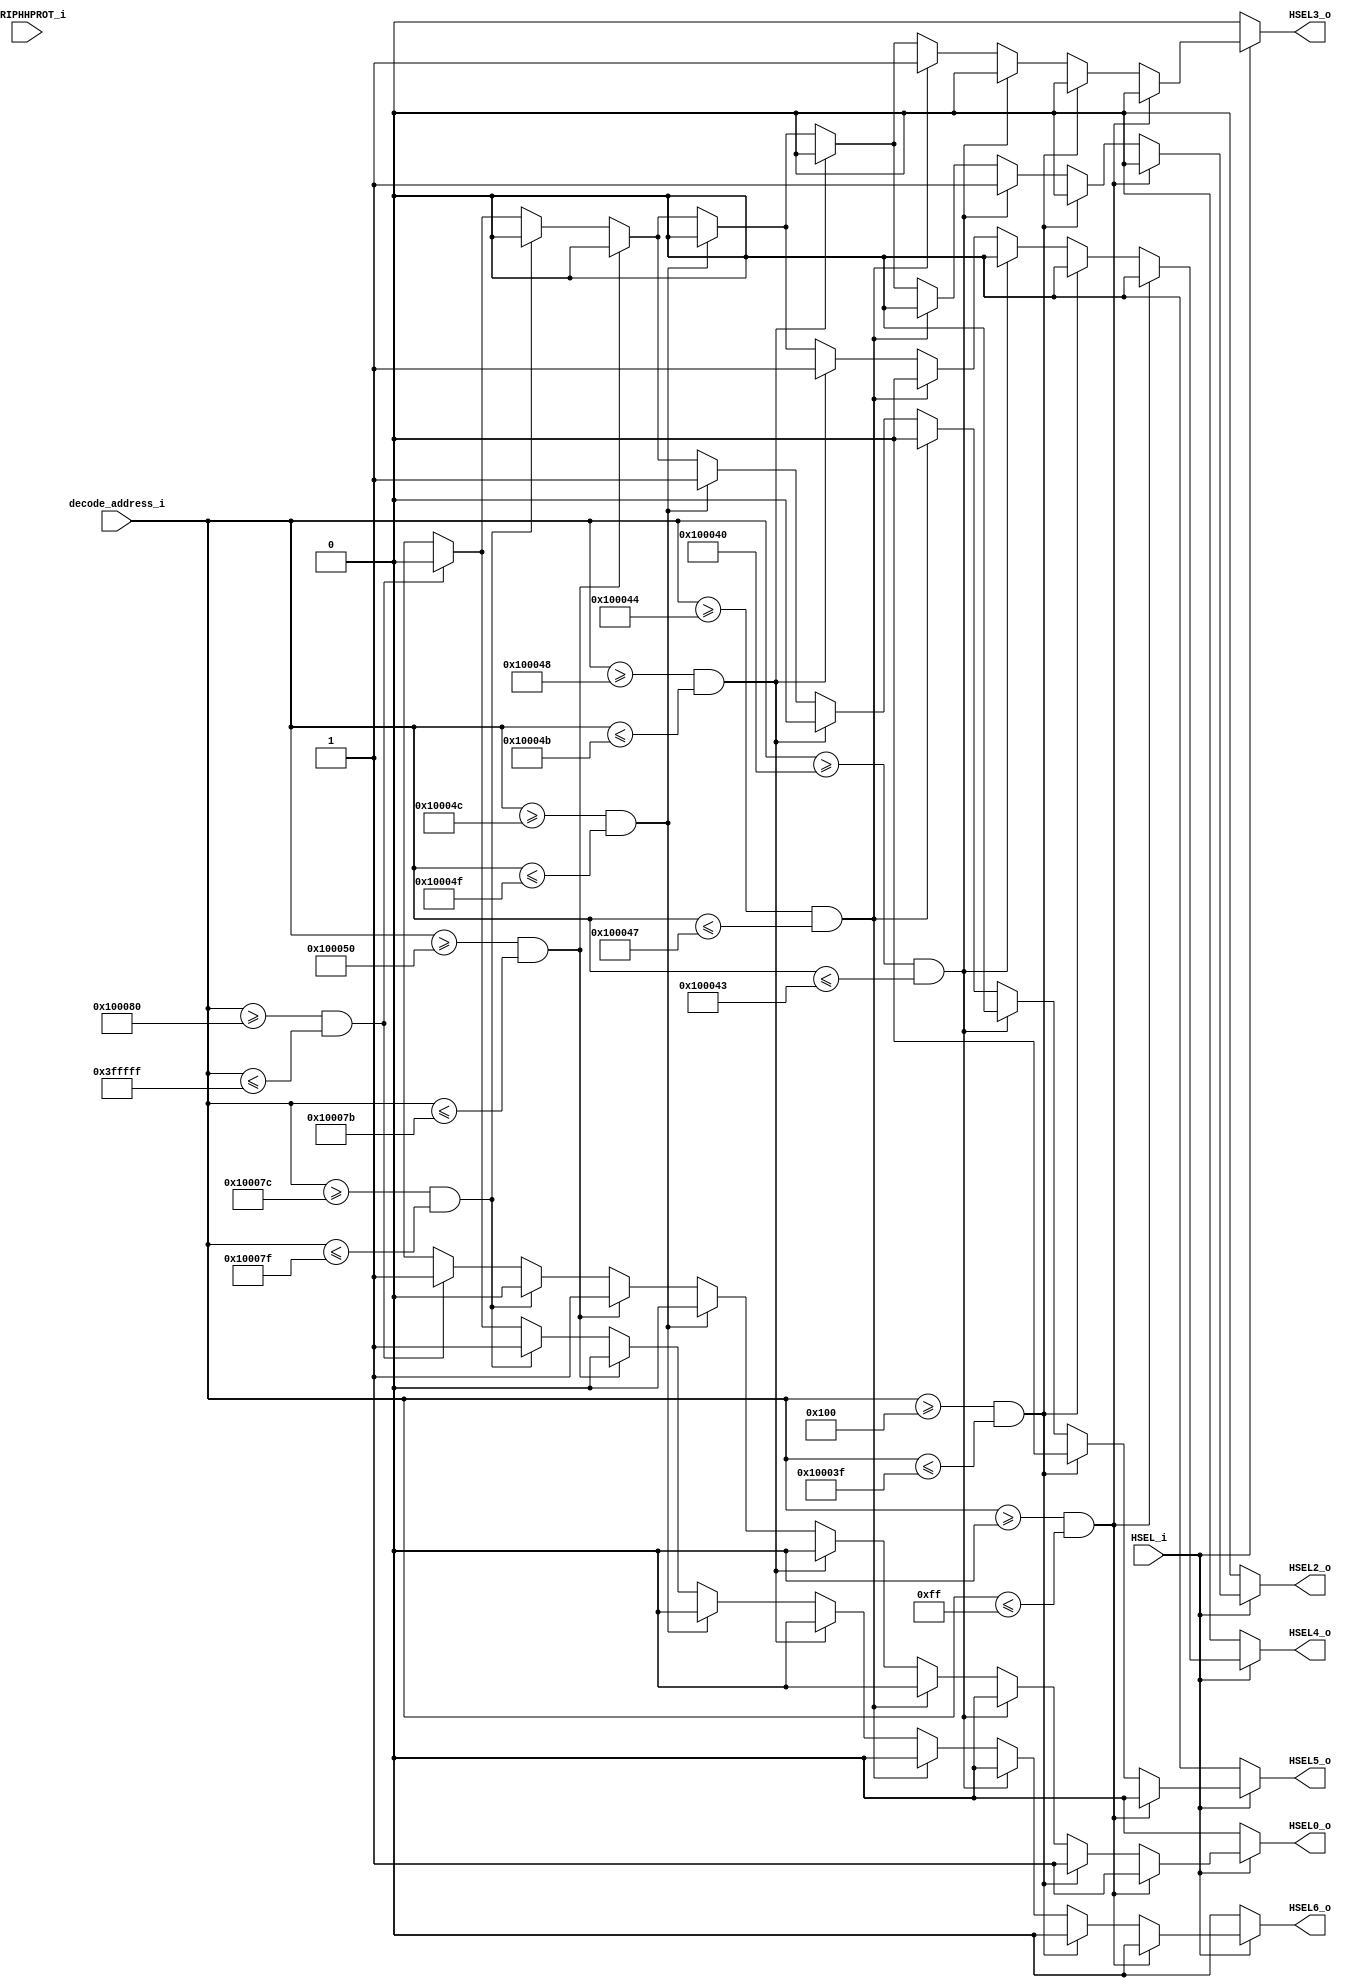
// -----------------------------------------------------------------------------
// The confidential and proprietary information contained in this file may
// only be used by a person authorised under and to the extent permitted
// by a subsisting licensing agreement from ARM Limited or its affiliates.
//
//            (C) COPYRIGHT 2015,2017 ARM Limited or its affiliates.
//                ALL RIGHTS RESERVED
//
// This entire notice must be reproduced on all copies of this file
// and copies of this file may only be made by a person if such person is
// permitted to do so under the terms of a subsisting license agreement
// from ARM Limited or its affiliates.
//
//      SVN Information
//
//      Checked In          :  2015-10-13 14:03:28 +0100 (Tue, 13 Oct 2015)
//
//      Revision            :  1
//
//      Release Information : CM3DesignStart-r0p0-02rel0
//
// -----------------------------------------------------------------------------
// Verilog-2001 (IEEE Std 1364-2001)
// -----------------------------------------------------------------------------
// Purpose : M3 DesignStart FPGA peripherals subsystem AHB decoder and splitter
//
// -----------------------------------------------------------------------------

module cmsdk_ahb_gpio_decoder (
  input  wire         HSEL_i,
  input  wire [21:0]  decode_address_i, //PERIPHHADDR[31:10]; lower 10 bits are not compared
  input  wire         PERIPHHPROT_i,

  output wire         HSEL0_o,          //default_slave
  output wire         HSEL2_o,          //GPIO0
  output wire         HSEL3_o,          //GPIO1
  output wire         HSEL4_o,          //GPIO2
  output wire         HSEL5_o,          //GPIO3
  output wire         HSEL6_o           //SysCtrl
);

  reg  defslave_sel;
  reg  GPIO0_sel;
  reg  GPIO1_sel;
  reg  GPIO2_sel;
  reg  GPIO3_sel;
  reg  SYSCTRL_sel;
  // wire unused = periph_sysprot_i[0]; // Help linting tools

  assign HSEL0_o = defslave_sel;
  assign HSEL2_o = GPIO0_sel  ;
  assign HSEL3_o = GPIO1_sel  ;
  assign HSEL4_o = GPIO2_sel  ;
  assign HSEL5_o = GPIO3_sel  ;
  assign HSEL6_o = SYSCTRL_sel;

  //------------------------------------
  //AHB decoder
  //------------------------------------
  /*------------------------------------
  localparam DEFSLV0_AHB_ADDR_LOW = 32'h0004_0000;
  localparam DEFSLV0_AHB_ADDR_HIGH= 32'h3fff_ffff;
  localparam GPIO0_AHB_ADDR_LOW = 32'h4001_0000;
  localparam GPIO0_AHB_ADDR_HIGH= 32'h4001_0fff;
  localparam GPIO1_AHB_ADDR_LOW = 32'h4001_1000;
  localparam GPIO1_AHB_ADDR_HIGH= 32'h4001_1fff;
  localparam GPIO2_AHB_ADDR_LOW = 32'h4001_2000;
  localparam GPIO2_AHB_ADDR_HIGH= 32'h4001_2fff;
  localparam GPIO3_AHB_ADDR_LOW = 32'h4001_3000;
  localparam GPIO3_AHB_ADDR_HIGH= 32'h4001_3fff;
  localparam DEFSLV1_AHB_ADDR_LOW = 32'h4001_4000;
  localparam DEFSLV1_AHB_ADDR_HIGH= 32'h4001_efff;
  localparam SYSCTRL_AHB_ADDR_LOW = 32'h4001_f000;
  localparam SYSCTRL_AHB_ADDR_HIGH= 32'h4001_ffff;
  localparam DEFSLV2_AHB_ADDR_LOW = 32'h4002_0000;
  localparam DEFSLV2_AHB_ADDR_HIGH= 32'hffff_ffff;
  --------------------------------------*/
  always @(HSEL_i or decode_address_i)
  begin : HSEL_decoder
    if (HSEL_i == 1'b0) begin //HSEL_i = 0: dont select anything
      defslave_sel = 1'b0;
      GPIO0_sel    = 1'b0;
      GPIO1_sel    = 1'b0;
      GPIO2_sel    = 1'b0;
      GPIO3_sel    = 1'b0;
      SYSCTRL_sel  = 1'b0;
    end
    else begin
      // default slave: Address region 0x00000000-0x0003ffff
      if ((decode_address_i >= 22'h000000) & (decode_address_i <= 22'h0000ff))
        begin
          defslave_sel  = 1'b1;
          GPIO0_sel     = 1'b0;
          GPIO1_sel     = 1'b0;
          GPIO2_sel     = 1'b0;
          GPIO3_sel     = 1'b0;
          SYSCTRL_sel   = 1'b0;
        end

      // default slave: Address region 0x00040000-0x4000FFFF
      else if ((decode_address_i >= 22'h000100) & (decode_address_i <= 22'h10003f))
        begin
          defslave_sel  = 1'b1;
          GPIO0_sel     = 1'b0;
          GPIO1_sel     = 1'b0;
          GPIO2_sel     = 1'b0;
          GPIO3_sel     = 1'b0;
          SYSCTRL_sel   = 1'b0;
        end

      // GPIO0: Address region 0x40010000-0x40010FFF
      else if ((decode_address_i >= 22'h100040) & (decode_address_i <= 22'h100043))
        begin
          defslave_sel  = 1'b0;
          GPIO0_sel     = 1'b1;
          GPIO1_sel     = 1'b0;
          GPIO2_sel     = 1'b0;
          GPIO3_sel     = 1'b0;
          SYSCTRL_sel   = 1'b0;
        end

      // GPIO1: Address region 0x40011000-0x40011FFF
      else if ((decode_address_i >= 22'h100044) & (decode_address_i <= 22'h100047))
        begin
          defslave_sel  = 1'b0;
          GPIO0_sel     = 1'b0;
          GPIO1_sel     = 1'b1;
          GPIO2_sel     = 1'b0;
          GPIO3_sel     = 1'b0;
          SYSCTRL_sel   = 1'b0;
        end

      // GPIO2: Address region 0x40012000-0x40012FFF
      else if ((decode_address_i >= 22'h100048) & (decode_address_i <= 22'h10004b))
        begin
          defslave_sel  = 1'b0;
          GPIO0_sel     = 1'b0;
          GPIO1_sel     = 1'b0;
          GPIO2_sel     = 1'b1;
          GPIO3_sel     = 1'b0;
          SYSCTRL_sel   = 1'b0;
        end

      // GPIO3: Address region 0x40013000-0x40013FFF
      else if ((decode_address_i >= 22'h10004c) & (decode_address_i <= 22'h10004f))
        begin
          defslave_sel  = 1'b0;
          GPIO0_sel     = 1'b0;
          GPIO1_sel     = 1'b0;
          GPIO2_sel     = 1'b0;
          GPIO3_sel     = 1'b1;
          SYSCTRL_sel   = 1'b0;
        end

      // default slave: Address region 0x40014000-0x4001EFFF
      else if ((decode_address_i >= 22'h100050) & (decode_address_i <= 22'h10007b))
        begin
          defslave_sel  = 1'b1;
          GPIO0_sel     = 1'b0;
          GPIO1_sel     = 1'b0;
          GPIO2_sel     = 1'b0;
          GPIO3_sel     = 1'b0;
          SYSCTRL_sel   = 1'b0;
        end

      // SysCtrl: Address region 0x4001F000-0x4001FFFF
      else if ((decode_address_i >= 22'h10007c) & (decode_address_i <= 22'h10007f))
        begin
          defslave_sel  = 1'b0;
          GPIO0_sel     = 1'b0;
          GPIO1_sel     = 1'b0;
          GPIO2_sel     = 1'b0;
          GPIO3_sel     = 1'b0;
          SYSCTRL_sel   = 1'b1;
        end

      // default slave: Address region 0x40020000-0xFFFFFFFF
      else if ((decode_address_i >= 22'h100080) & (decode_address_i <= 22'h3fffff))
        begin
          defslave_sel  = 1'b1;
          GPIO0_sel     = 1'b0;
          GPIO1_sel     = 1'b0;
          GPIO2_sel     = 1'b0;
          GPIO3_sel     = 1'b0;
          SYSCTRL_sel   = 1'b0;
        end
      //
      else
        begin
          defslave_sel  = 1'bx;
          GPIO0_sel     = 1'bx;
          GPIO1_sel     = 1'bx;
          GPIO2_sel     = 1'bx;
          GPIO3_sel     = 1'bx;
          SYSCTRL_sel   = 1'bx;
        end
    end
  end // block: HSEL_decoder

endmodule